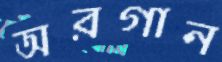
অরগান